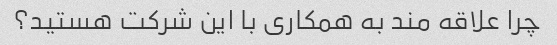
چرا علاقه مند به همکاری با این شرکت هستید؟